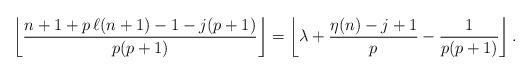
LaTeX: \begin{align*}\left\lfloor\frac{n+1+p\,\ell(n+1)-1-j(p+1)}{p(p+1)}\right\rfloor=\left\lfloor \lambda+\frac{\eta(n)-j+1}{p}-\frac{1}{p(p+1)}\right\rfloor.\end{align*}